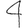
Digit: 4